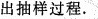
出抽样过程.